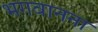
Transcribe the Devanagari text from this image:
भगवानना